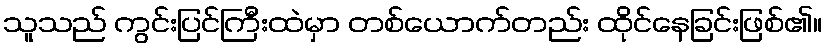
သူသည် ကွင်းပြင်ကြီးထဲမှာ တစ်ယောက်တည်း ထိုင်နေခြင်းဖြစ်၏။